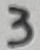
Text: 3